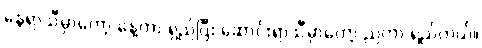
နွေရာသီမှာတော့ နေ့တာ ရှည်ပြီး ဆောင်းရာသီမှာတော့ ညတာ ရှည်တယ်။